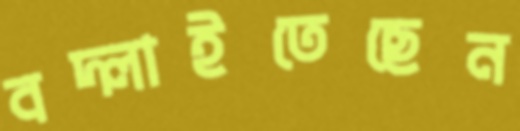
বদ্‌লাইতেছেন